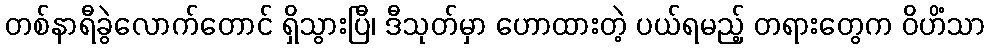
တစ်နာရီခွဲလောက်တောင် ရှိသွားပြီ၊ ဒီသုတ်မှာ ဟောထားတဲ့ ပယ်ရမည့် တရားတွေက ဝိဟိံသာ